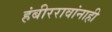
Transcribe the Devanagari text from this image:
हंबीररावांनाही